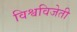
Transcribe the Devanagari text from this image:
विश्वविजेती